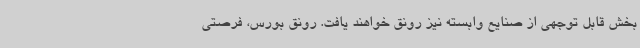
بخش قابل توجهی از صنایع وابسته نیز رونق خواهند یافت. رونق بورس، فرصتی